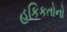
હકિકતોનો